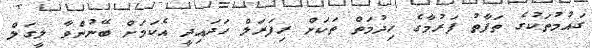
ގައުމުތަކުގެ ތަފާތު ފަރުމާގެ ހިދުމަތް ތަކަށް ރިފަރަލް ހަދައިދީ އެކަމަށް ބޭނުންވާ ލީގަލް